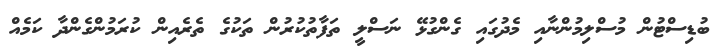
ބުޑިސްޓުން މުސްލިމުންނާއި މެދުގައި ގެންގުޅޭ ނަސްލީ ތަފާތުކުރުން ތަކުގެ ތެރެއިން ކުރަމުންގެންދާ ކަމެއް